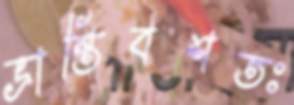
ভ্রান্তিবশতঃ